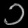
Digit: ၁